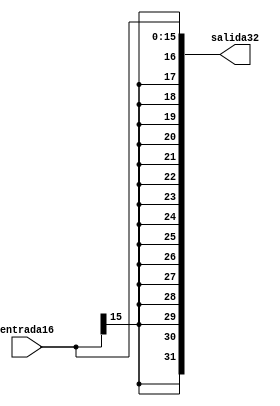

module SignExtend (
    input [15:0] entrada16, //Entrada de 16 bits 
    output reg [31:0] salida32 //Salida con la entrada extendida a 32 bits
);
    
always @(*) begin
    salida32 = {{16{entrada16[15]}}, entrada16}; //Se concatenan 16 veces el bits mas significativo de la entrada a la entrada
end

endmodule